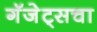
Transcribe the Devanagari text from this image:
गॅजेट्सचा